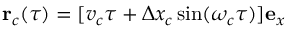
\mathbf { r } _ { c } ( \tau ) = [ v _ { c } \tau + \Delta x _ { c } \sin ( \omega _ { c } \tau ) ] \mathbf { e } _ { x }